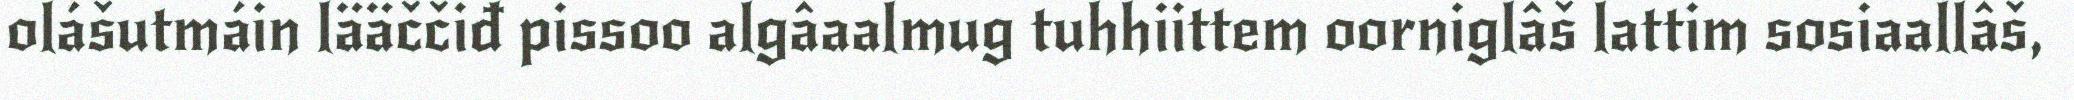
olášutmáin lääččiđ pissoo algâaalmug tuhhiittem oorniglâš lattim sosiaallâš,